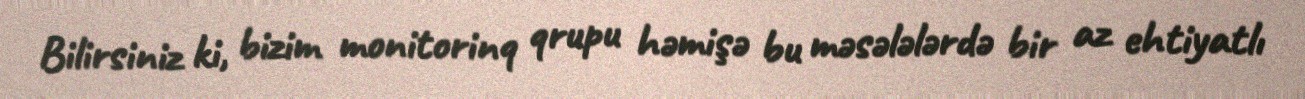
Bilirsiniz ki, bizim monitorinq qrupu həmişə bu məsələlərdə bir az ehtiyatlı